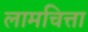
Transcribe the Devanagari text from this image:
लामचित्ता